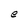
Character: e